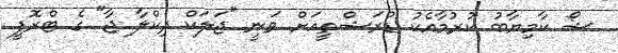
ޝޯ ކާމިޔާބު ކުރުމާއެކު ޑްރަޝްތީއަށް ވަނީ "ޖަލަކް ދިކްލާ ޖާ" ގެ ޓްރޮފީ